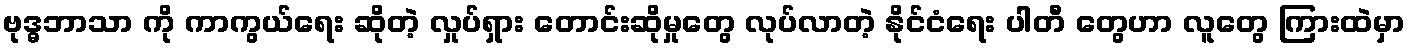
ဗုဒ္ဓဘာသာ ကို ကာကွယ်ရေး ဆိုတဲ့ လှုပ်ရှား တောင်းဆိုမှုတွေ လုပ်လာတဲ့ နိုင်ငံရေး ပါတီ တွေဟာ လူတွေ ကြားထဲမှာ